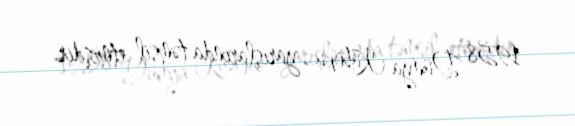
1958 Dünya Kuboku yarışlarında təmsil etmişdir.